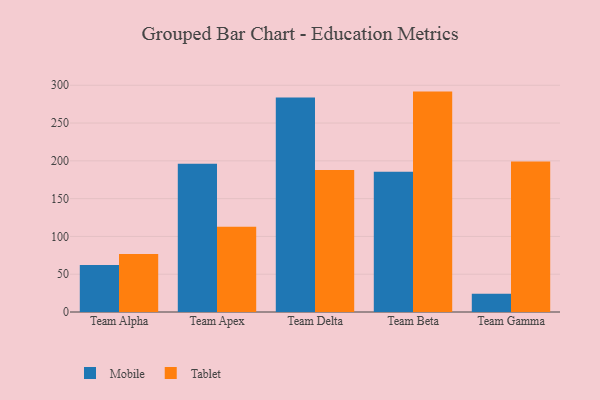
{"axis": {"x": "Team", "y": "Page Views"}, "legend": ["Mobile", "Tablet"], "data": [{"x": "Team Alpha", "y": 62.3, "type": "Mobile"}, {"x": "Team Alpha", "y": 76.6, "type": "Tablet"}, {"x": "Team Apex", "y": 196.1, "type": "Mobile"}, {"x": "Team Apex", "y": 112.7, "type": "Tablet"}, {"x": "Team Delta", "y": 283.8, "type": "Mobile"}, {"x": "Team Delta", "y": 188.0, "type": "Tablet"}, {"x": "Team Beta", "y": 185.4, "type": "Mobile"}, {"x": "Team Beta", "y": 291.6, "type": "Tablet"}, {"x": "Team Gamma", "y": 24.2, "type": "Mobile"}, {"x": "Team Gamma", "y": 199.2, "type": "Tablet"}]}